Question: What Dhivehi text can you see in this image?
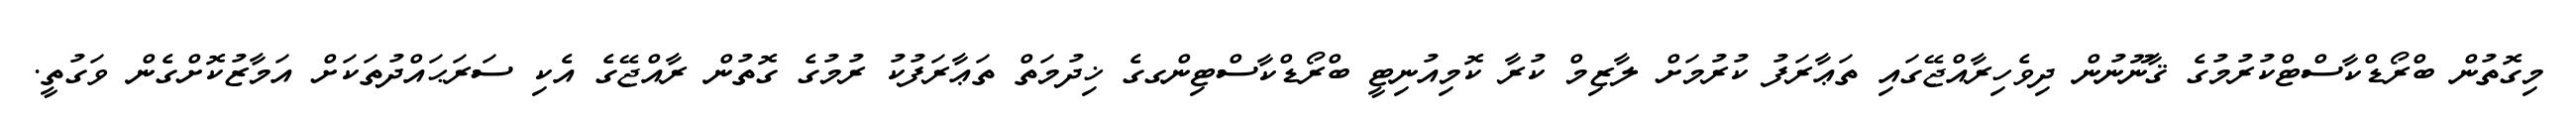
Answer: މިގޮތުން ބްރޯޑްކާސްޓްކުރުމުގެ ޤާނޫނުން ދިވެހިރާއްޖޭގައި ތަޢާރަފު ކުރުމަށް ލާޒިމް ކުރާ ކޮމިއުނިޓީ ބްރޯޑްކާސްޓިންގގެ ޚިދުމަތް ތަޢާރަފުކު ރުމުގެ ގޮތުން ރާއްޖޭގެ އެކި ސަރަޙައްދުތަކަށް އަމާޒުކޮށްގެން ވަގުތީ.